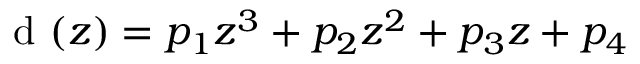
\mathrm { ~ d ~ } ( z ) = p _ { 1 } z ^ { 3 } + p _ { 2 } z ^ { 2 } + p _ { 3 } z + p _ { 4 }